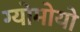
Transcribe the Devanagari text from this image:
ग्योमोयो